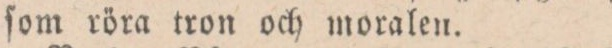
ſom röra tron och moralen.